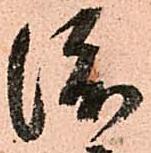
渡